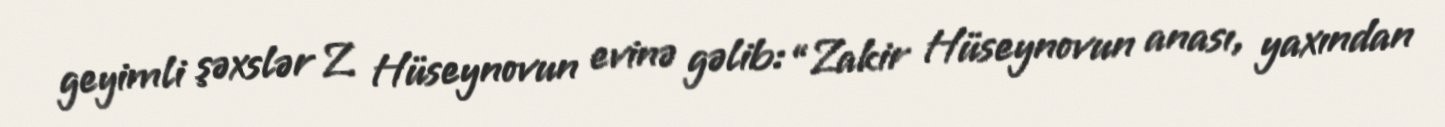
geyimli şəxslər Z. Hüseynovun evinə gəlib: “Zakir Hüseynovun anası, yaxından